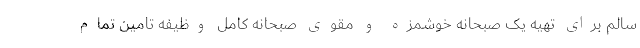
سالم برای تهیه یک صبحانه خوشمزه و مقوی صبحانه کامل وظيفه تامين تمام